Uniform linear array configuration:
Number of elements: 16
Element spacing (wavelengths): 0.25
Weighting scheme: blackman
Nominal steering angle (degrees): -30
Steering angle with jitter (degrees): -31.849
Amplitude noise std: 0.05
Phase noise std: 0.05

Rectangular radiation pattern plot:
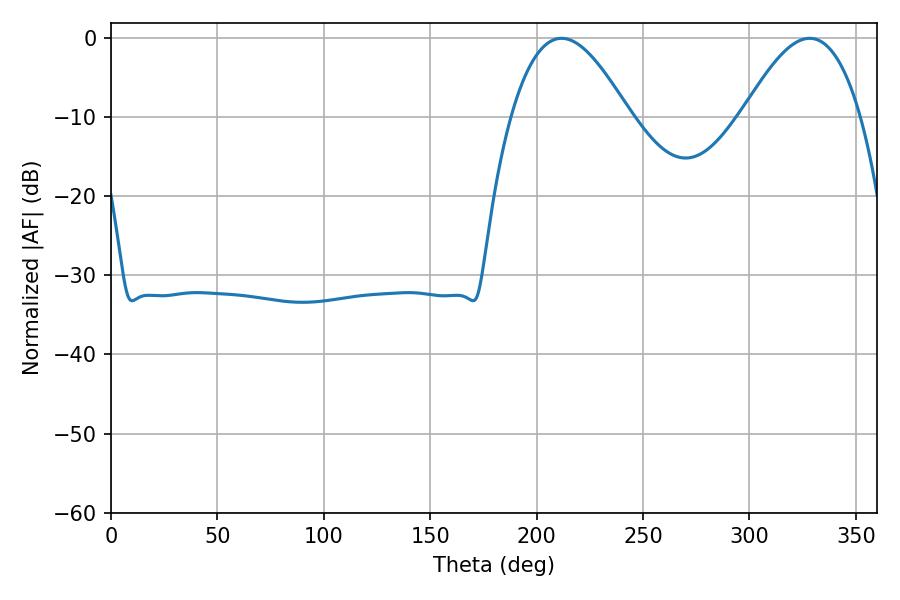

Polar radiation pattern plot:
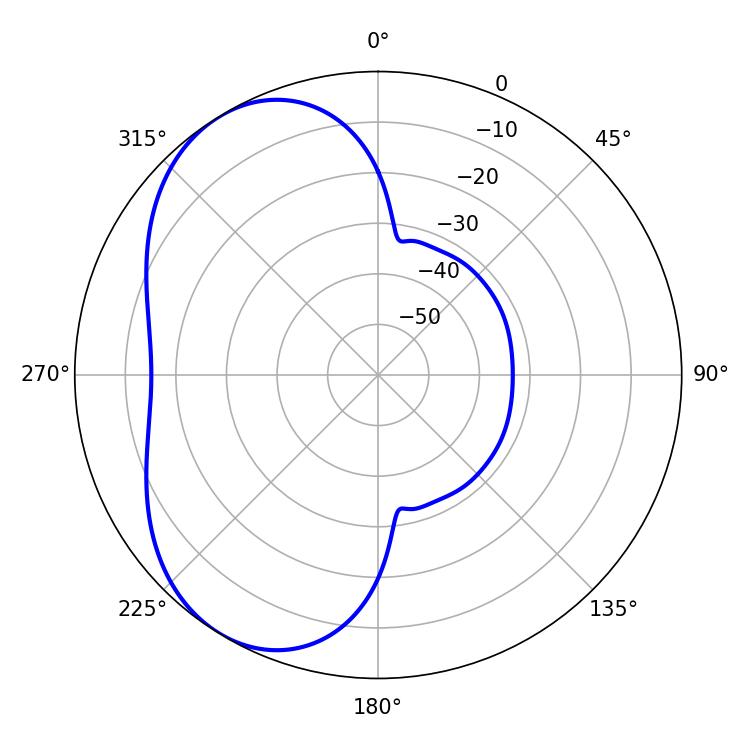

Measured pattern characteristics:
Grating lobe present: FALSE
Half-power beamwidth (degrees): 30.06
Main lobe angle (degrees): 211.68